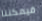
فيمكننا